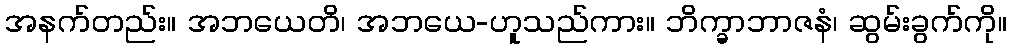
အနက်တည်း။ အဘယေတိ၊ အဘယေ-ဟူသည်ကား။ ဘိက္ခာဘာဇနံ၊ ဆွမ်းခွက်ကို။